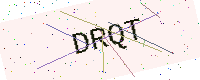
Text: DRQT